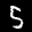
Label: 5